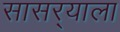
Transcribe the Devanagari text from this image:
सासर्‍याला